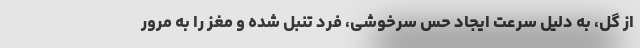
از گل، به دلیل سرعت ایجاد حس سرخوشی، فرد تنبل شده و مغز را به مرور